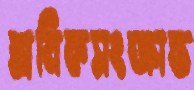
শ্রমিকসংক্রান্ত